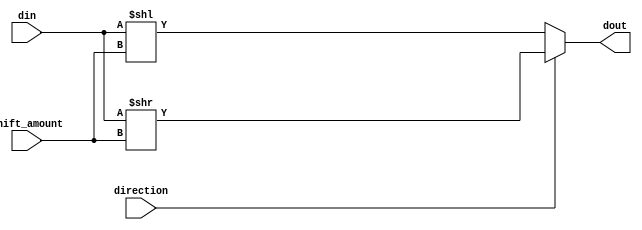
module barrel_shifter(input [7:0] din, // input binary word
                        input [2:0] shift_amount, // number of positions to shift
                        input direction, // control signal for left or right shift
                        output reg [7:0] dout // output shifted binary word
                       );

reg [7:0] temp;

always @(din, shift_amount, direction)
begin
  if(direction) // right shift
    temp = din >> shift_amount;
  else // left shift
    temp = din << shift_amount;
  
  dout <= temp;
end

endmodule